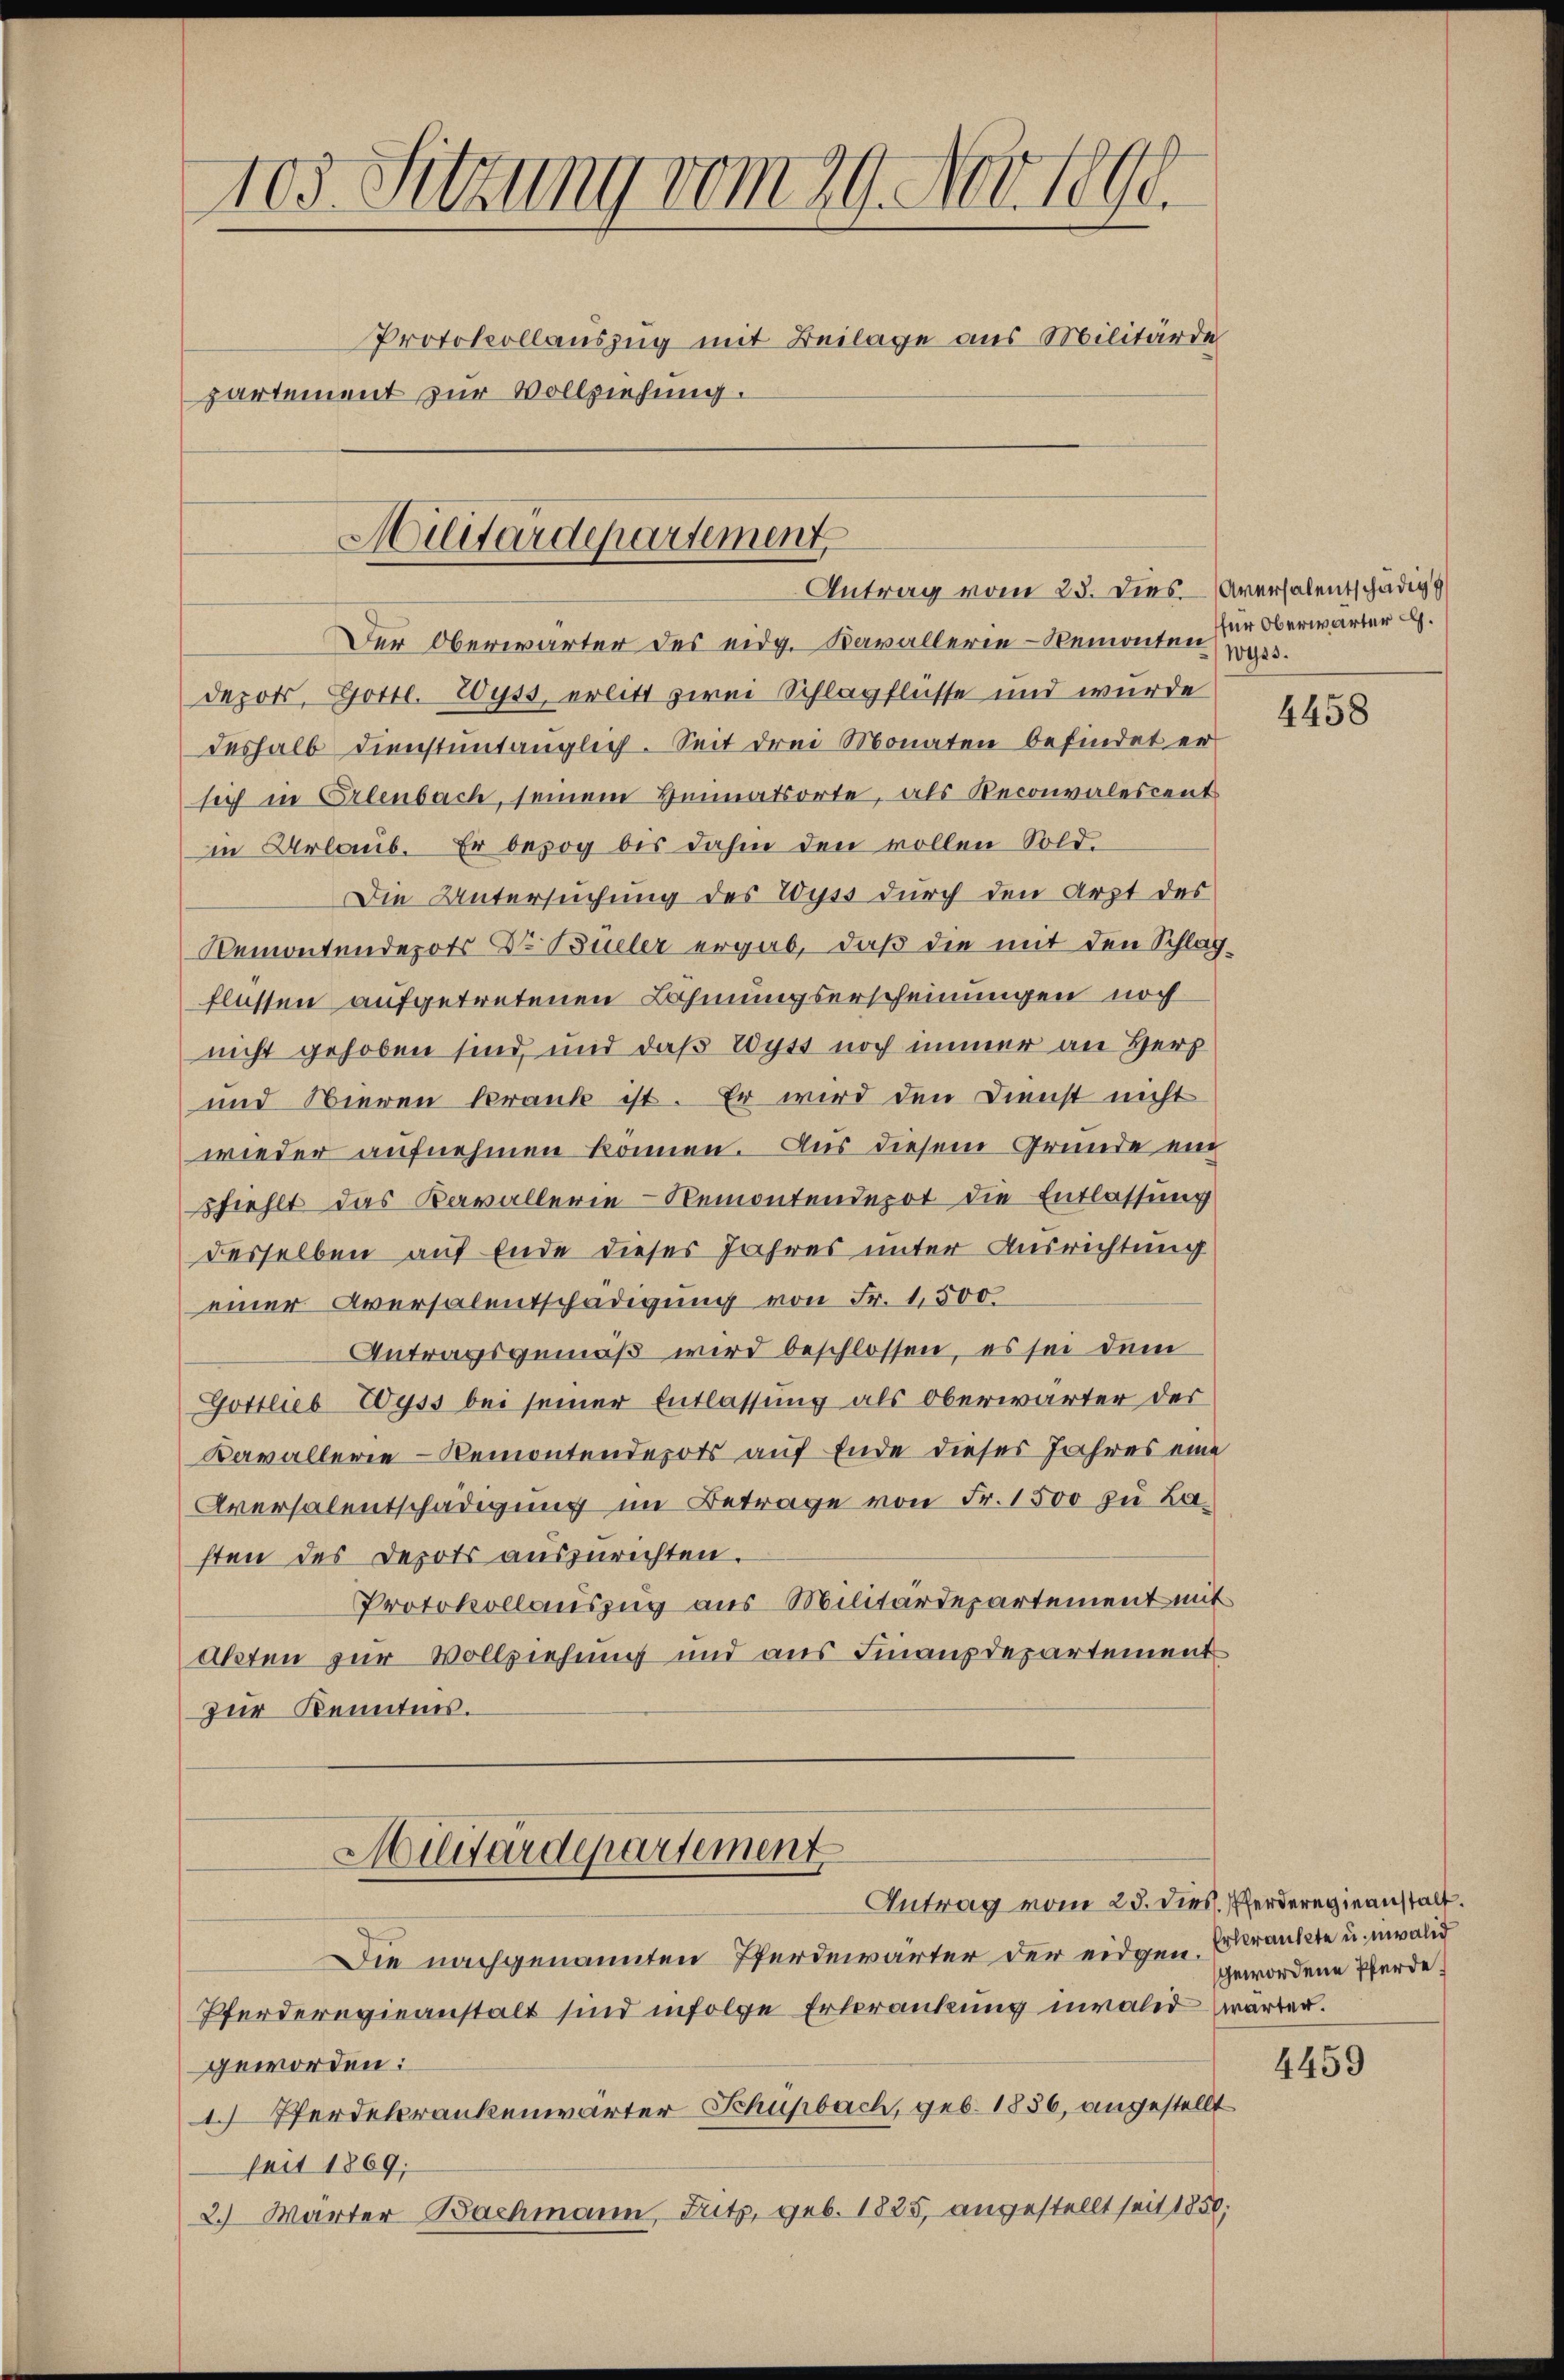
103. Sitzung vom 29. Nov. 1890.
Protokollauszug mit Beilage aus Militärde
partement zur Vollziehung.

Militärdepartement,
Antrag vom 25. dies Aversalentschädig

Der Oberwärter des eidg. Kavallerie-Remonten,
depots, Gottl. Wyss, erlitt zwei Schlagflüsse und wurde
deshalb dienstüntänglich. Seit drei Monaten befindet er
sich in Erlenbach, seinem Heimatsorte, als Reconvalescent
in Urlaub. Er bezog bis dahin den vollen Sold.
Die Untersuchung des Wyss durch den Arzt des
Remontendepots Dr. Büeler ergab, daß die mit den Schlagflüssen aufgetretenen Lahmungserscheinungen noch
nicht gehoben sind, und daß Wyss noch immer an Herz
und Nieren krank ist. Er wird den Dienst nicht
wieder aufnehmen können. Aus diesem Grunde ein
pfiehlt das Kavallerie-Remontendepot die Entlassung
desselben auf Ende dieses Jahres unter Ausrichtung
einer Aversalentschädigung von Fr. 1500.
Antragsgemäß wird beschlossen, es sei dem
Gottlieb Wyss bei seiner Entlassung als Oberwärter der
Kavallerie-Remontendepots auf Ende dieses Jahres eine
Aversalentschädigung im Betrage von Fr. 1500 zu La-
ften des Depots auszurichten.
Protokollauszug aus Militärdepartement mit
akten zur Vollziehung und aus Finanzdepartement
zur Kenntnis.
Milwärdepartement
Antrag vom 25. dies. Pferderegieanstalt.
Die nachgenannten Pferdewärter der eidgen.
Pferderegieanstalt sind infolge Erkrankung invalid warten.
geworden:
1. Pferdekrankenwärter Schüpbach, geb. 1886, angestellt
seit 1869;
2.) Wärter Bachmann Guts, geb. 1825 angestellt seit 1850;

für Oberwärter G.
Wyss.

4458

Erkrankte u. invalid
gewordene Pferde

4459